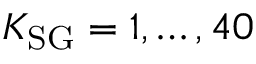
K _ { \mathrm { S G } } = 1 , \ldots , 4 0